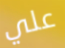
علي